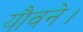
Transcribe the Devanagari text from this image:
यौवने।